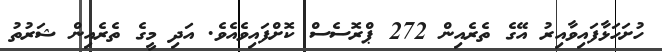
ހުށަހަޅާފައިވާއިރު އޭގެ ތެރެއިން 272 ޕްރޮސެސް ކޮށްފައިވެއެވެ. އަދި މީގެ ތެރެއިން ޝަރުތު